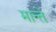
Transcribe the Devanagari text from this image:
मान्ते